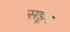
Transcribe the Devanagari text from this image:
सडून